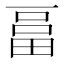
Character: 𤲇